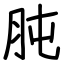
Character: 肫